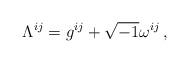
LaTeX: \begin{align*}\Lambda^{ij}=g^{ij}+\sqrt{-1}\omega^{ij}\,,\end{align*}